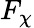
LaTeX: F_{\chi}